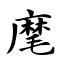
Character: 麾